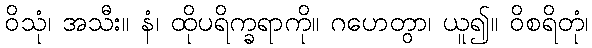
ဝိသုံ၊ အသီး။ နံ၊ ထိုပရိက္ခရာကို။ ဂဟေတွာ၊ ယူ၍။ ဝိစရိတုံ၊